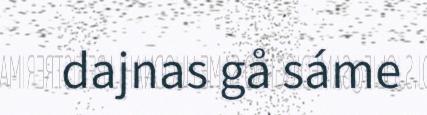
dajnas gå sáme